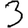
Digit: 3